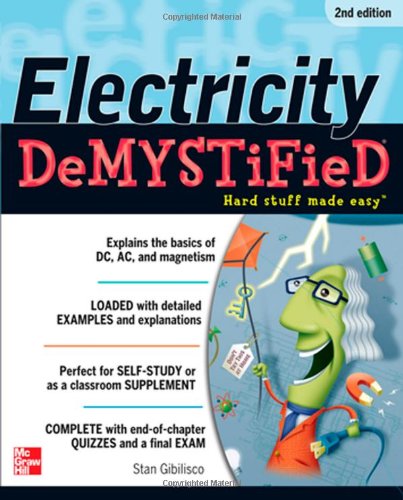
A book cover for Electricity Demystified, Second Edition; Stan Gibilisco; Science & Math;